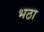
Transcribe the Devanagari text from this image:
भठा